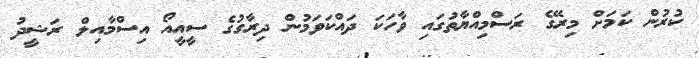
ކުރުން ކަމަށް މިރޭގެ ރަސްމިއްޔާތުގައި ވާހަކަ ދައްކަވަމުން ދިރާގުގެ ސީއީއޯ އިސްމާއިލް ރަޝީދު